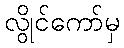
လွိုင်ကော်မှ